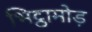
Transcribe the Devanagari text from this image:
भिट्ठामोड़